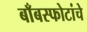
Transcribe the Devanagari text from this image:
बाँबस्फोटांचे